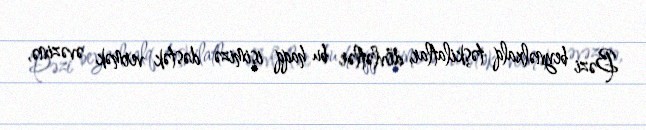
Bəzi beynəlxalq təşkilatlar, dövlətlər bu haqq işimizə dəstək vermək əvəzinə,